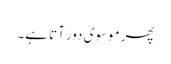
پھر موسوی دور آتا ہے۔